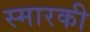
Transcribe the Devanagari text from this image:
स्मारकी